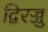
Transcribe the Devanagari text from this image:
द्विरज्जु